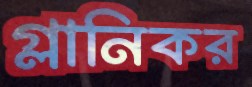
গ্লানিকর